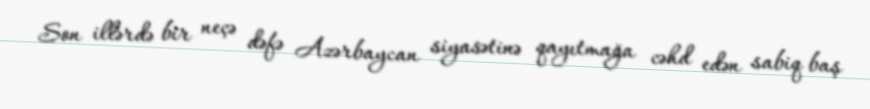
Son illərdə bir neçə dəfə Azərbaycan siyasətinə qayıtmağa cəhd edən sabiq baş